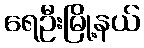
ရေဦးမြို့နယ်